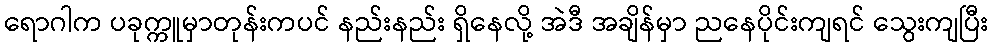
ရောဂါက ပခုက္ကူမှာတုန်းကပင် နည်းနည်း ရှိနေလို့ အဲဒီ အချိန်မှာ ညနေပိုင်းကျရင် သွေးကျပြီး